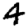
Digit: 4